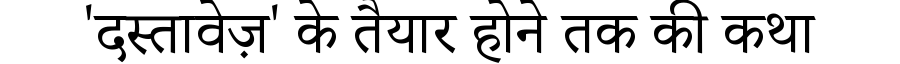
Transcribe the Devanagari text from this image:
'दस्तावेज़' के तैयार होने तक की कथा